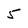
Character: 5